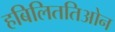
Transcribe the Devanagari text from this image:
हबिलिततिओन